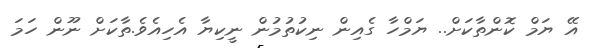
އޭ ޔަމް ކޮންތާކަށް.. ޔަމްހާ ގެއިން ނިކުތުމުން ނީކިޔާ އެހިއެވެ.ތާކަށް ނޫން ހަމަ